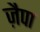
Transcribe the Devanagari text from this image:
ज़ैपा